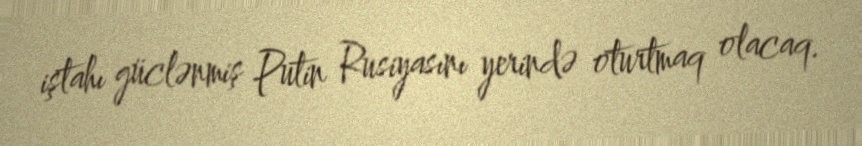
iştahı güclənmiş Putin Rusiyasını yerində oturtmaq olacaq.